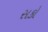
સકો